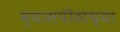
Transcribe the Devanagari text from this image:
व्यासपीठांच्या